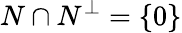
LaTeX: N\cap N^{\perp}=\{ 0\}